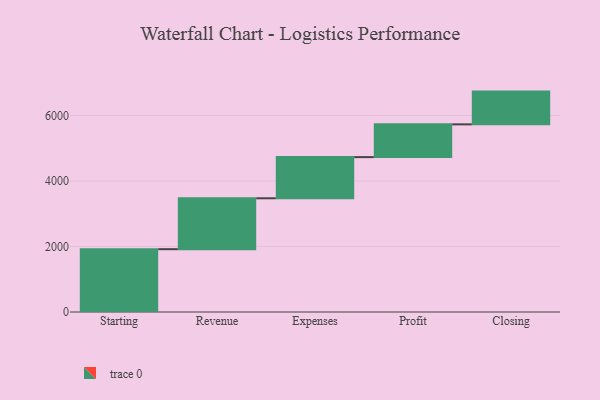
{"axis": {"x": "Step", "y": "Value"}, "legend": [""], "data": [{"x": "Starting", "y": 1918.0, "type": ""}, {"x": "Revenue", "y": 1554.0, "type": ""}, {"x": "Expenses", "y": 1257.0, "type": ""}, {"x": "Profit", "y": 1000, "type": ""}, {"x": "Closing", "y": 1000, "type": ""}]}